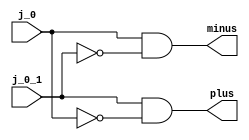
module booth_encoder (j_0_1, j_0, plus, minus);
	input j_0_1, j_0;
	output plus, minus;
	
	assign plus = j_0_1 & (~j_0);
	assign minus = j_0 & (~j_0_1);
endmodule